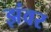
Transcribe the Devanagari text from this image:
झंवर